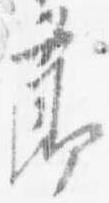
節